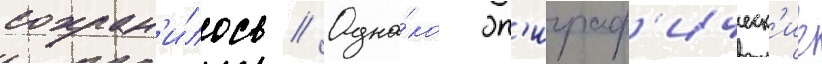
сохран'и́лось // Одна́ко эп'играф'ическ'ие